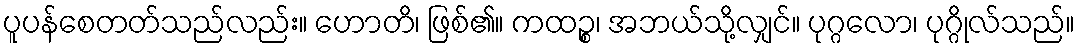
ပူပန်စေတတ်သည်လည်း။ ဟောတိ၊ ဖြစ်၏။ ကထဉ္စ၊ အဘယ်သို့လျှင်။ ပုဂ္ဂလော၊ ပုဂ္ဂိုလ်သည်။